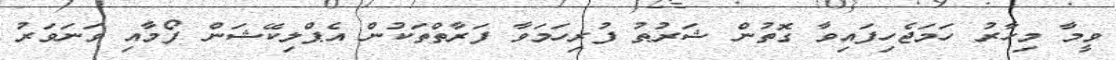
ވީމާ މިހާރު ހަމަޖެހިފައިވާ ގޮތުން ޝަރުޠު ފުރިހަމަވާ ފަރާތްތަކުން އެޕްލިކޭޝަން ފޯމާއި ވަނަވަރު